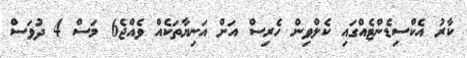
ކާރު އެކްސިޑެންޓެއްގައި ކެލްވިން ހެރިސް އަށް އަނިޔާތަކެއް ވެއްޖެ6 މަސް 4 ދުވަސް